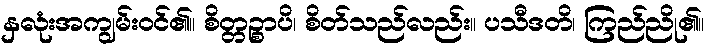
နှလုံးအကျွမ်းဝင်၏။ စိတ္တဉ္စာပိ၊ စိတ်သည်လည်း။ ပသီဒတိ၊ ကြည်ညို၏။